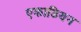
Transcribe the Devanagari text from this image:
एकाडियन